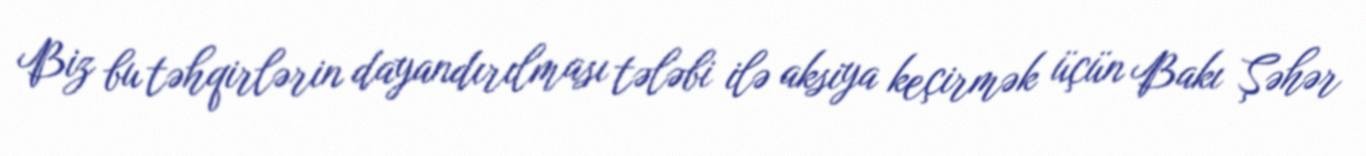
Biz bu təhqirlərin dayandırılması tələbi ilə aksiya keçirmək üçün Bakı Şəhər